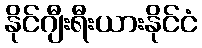
နိုင်ဂျီးရီးယားနိုင်ငံ